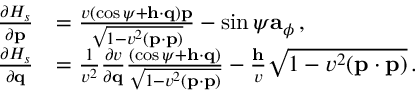
\begin{array} { r l } { \frac { \partial { \cal H } _ { s } } { \partial { \bf p } } } & { = \frac { v \left( \cos \psi + { \bf h } \cdot \mathbf { q } \right) { \bf p } } { \sqrt { 1 - v ^ { 2 } ( { \bf p } \cdot { \bf p } ) } } - \sin \psi { \bf a } _ { \phi } \, , } \\ { \frac { \partial { \cal H } _ { s } } { \partial { \bf q } } } & { = \frac { 1 } { v ^ { 2 } } \frac { \partial v } { \partial { \bf q } } \frac { \left( \cos \psi + { \bf h } \cdot \mathbf { q } \right) } { \sqrt { 1 - v ^ { 2 } ( { \bf p } \cdot { \bf p } ) } } - \frac { { \bf h } } { v } \sqrt { 1 - v ^ { 2 } ( { \bf p } \cdot { \bf p } ) } \, . } \end{array}